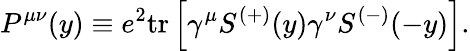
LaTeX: P^{\mu\nu}(y)\equiv e^{2}\mathrm{tr}\left[\gamma^{\mu}S^{(+)}(y)\gamma^{\nu}S^{(-)}(-y)\right].